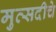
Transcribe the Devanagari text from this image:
मुत्सदीचे